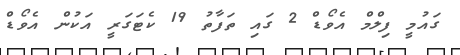
ގައުމީ ފިލްމް އެވޯޑް 2 ގައި ތަފާތު 19 ކެޓަގަރީ އަކުން އެވޯޑް